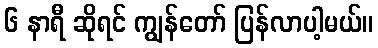
၆ နာရီ ဆိုရင် ကျွန်တော် ပြန်လာပါ့မယ်။